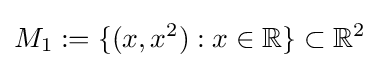
M_{1}:=\{(x,x^{2}):x\in \mathbb {R} \}\subset \mathbb {R} ^{2}